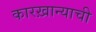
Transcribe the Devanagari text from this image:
कारख़ान्याची